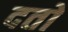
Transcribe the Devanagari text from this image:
दतो